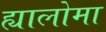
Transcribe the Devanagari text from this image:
ह्यालोमा